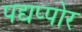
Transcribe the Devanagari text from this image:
पद्यप्पोर